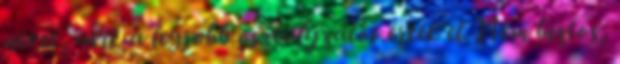
nevét, akik a legjobb osztályzatot érték el Nem biztos,